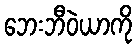
ဘေးဘီဝဲယာကို